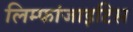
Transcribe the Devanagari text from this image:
लिम्फांजाइटिस